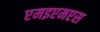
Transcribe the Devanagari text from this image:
एमइएमएस